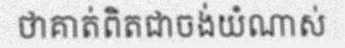
ថាគាត់ពិតជាចង់យំណាស់